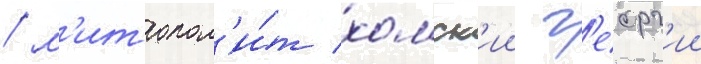
/ м'итропол'и́т хомск'ии г'еорг'ии